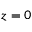
z = 0